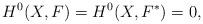
LaTeX: \begin{align*} H^0(X, F)=H^0(X,F^*)=0,\end{align*}